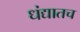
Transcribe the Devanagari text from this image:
धंद्यातच